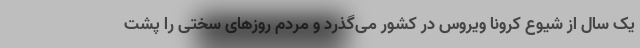
یک سال از شیوع کرونا ویروس در کشور می‌گذرد و مردم روزهای سختی را پشت